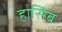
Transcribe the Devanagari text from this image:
हासिब